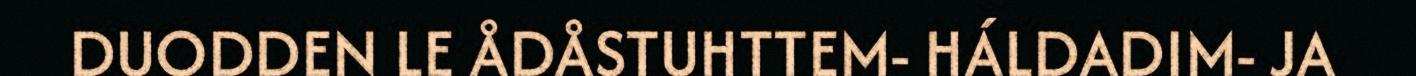
DUODDEN LE ÅDÅSTUHTTEM- HÁLDADIM- JA